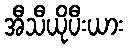
အီသီယိုပီးယား